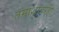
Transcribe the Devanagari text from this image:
तमाशावरही